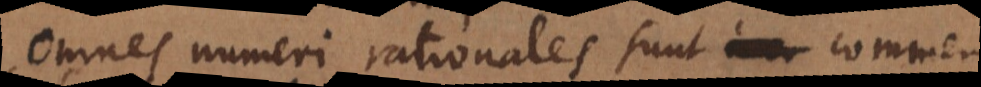
Omnes numeri rationales sunt commen